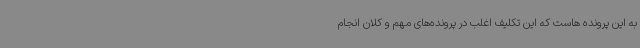
به این پرونده هاست که این تکلیف اغلب در پرونده‌های مهم و کلان انجام